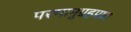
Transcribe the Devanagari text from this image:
परमानुग्रहप्राप्त